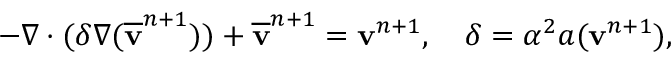
- \nabla \cdot ( \delta \nabla ( \overline { { \mathbf v } } ^ { n + 1 } ) ) + \overline { { \mathbf v } } ^ { n + 1 } = \mathbf v ^ { n + 1 } , \quad \delta = \alpha ^ { 2 } a ( \mathbf v ^ { n + 1 } ) ,